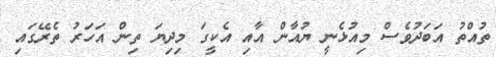
ތުއްތު އަބަދުވެސް މިއުޅެނީ ޔުއާން އާއި އެކީގަ މިދިޔަ ތިން އަހަރު ތެރޭގައި